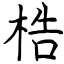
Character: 梏